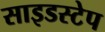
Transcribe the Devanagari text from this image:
साइडस्टेप